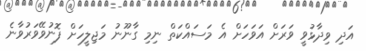
އަދި ވިދާޅުވީ ވަރަށް އަވަހަށް އެ މަސައްކަތް ނިމި ގާނޫނު މަޖިލީހަށް ފޮނުވޭވަރުވާނެ